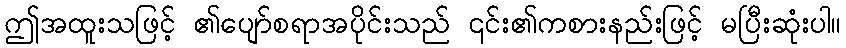
ဤအထူးသဖြင့် ၏ပျော်စရာအပိုင်းသည် ၎င်း၏ကစားနည်းဖြင့် မပြီးဆုံးပါ။